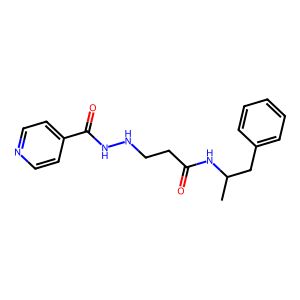
SMILES: CC(Cc1ccccc1)NC(=O)CCNNC(=O)c1ccncc1
Inhibits HIV replication: No